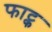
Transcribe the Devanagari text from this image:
फाट्क